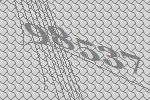
98537